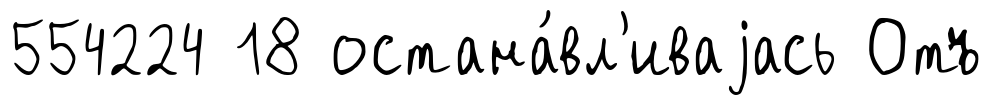
554224 18 остана́вл'иваjась Отъ